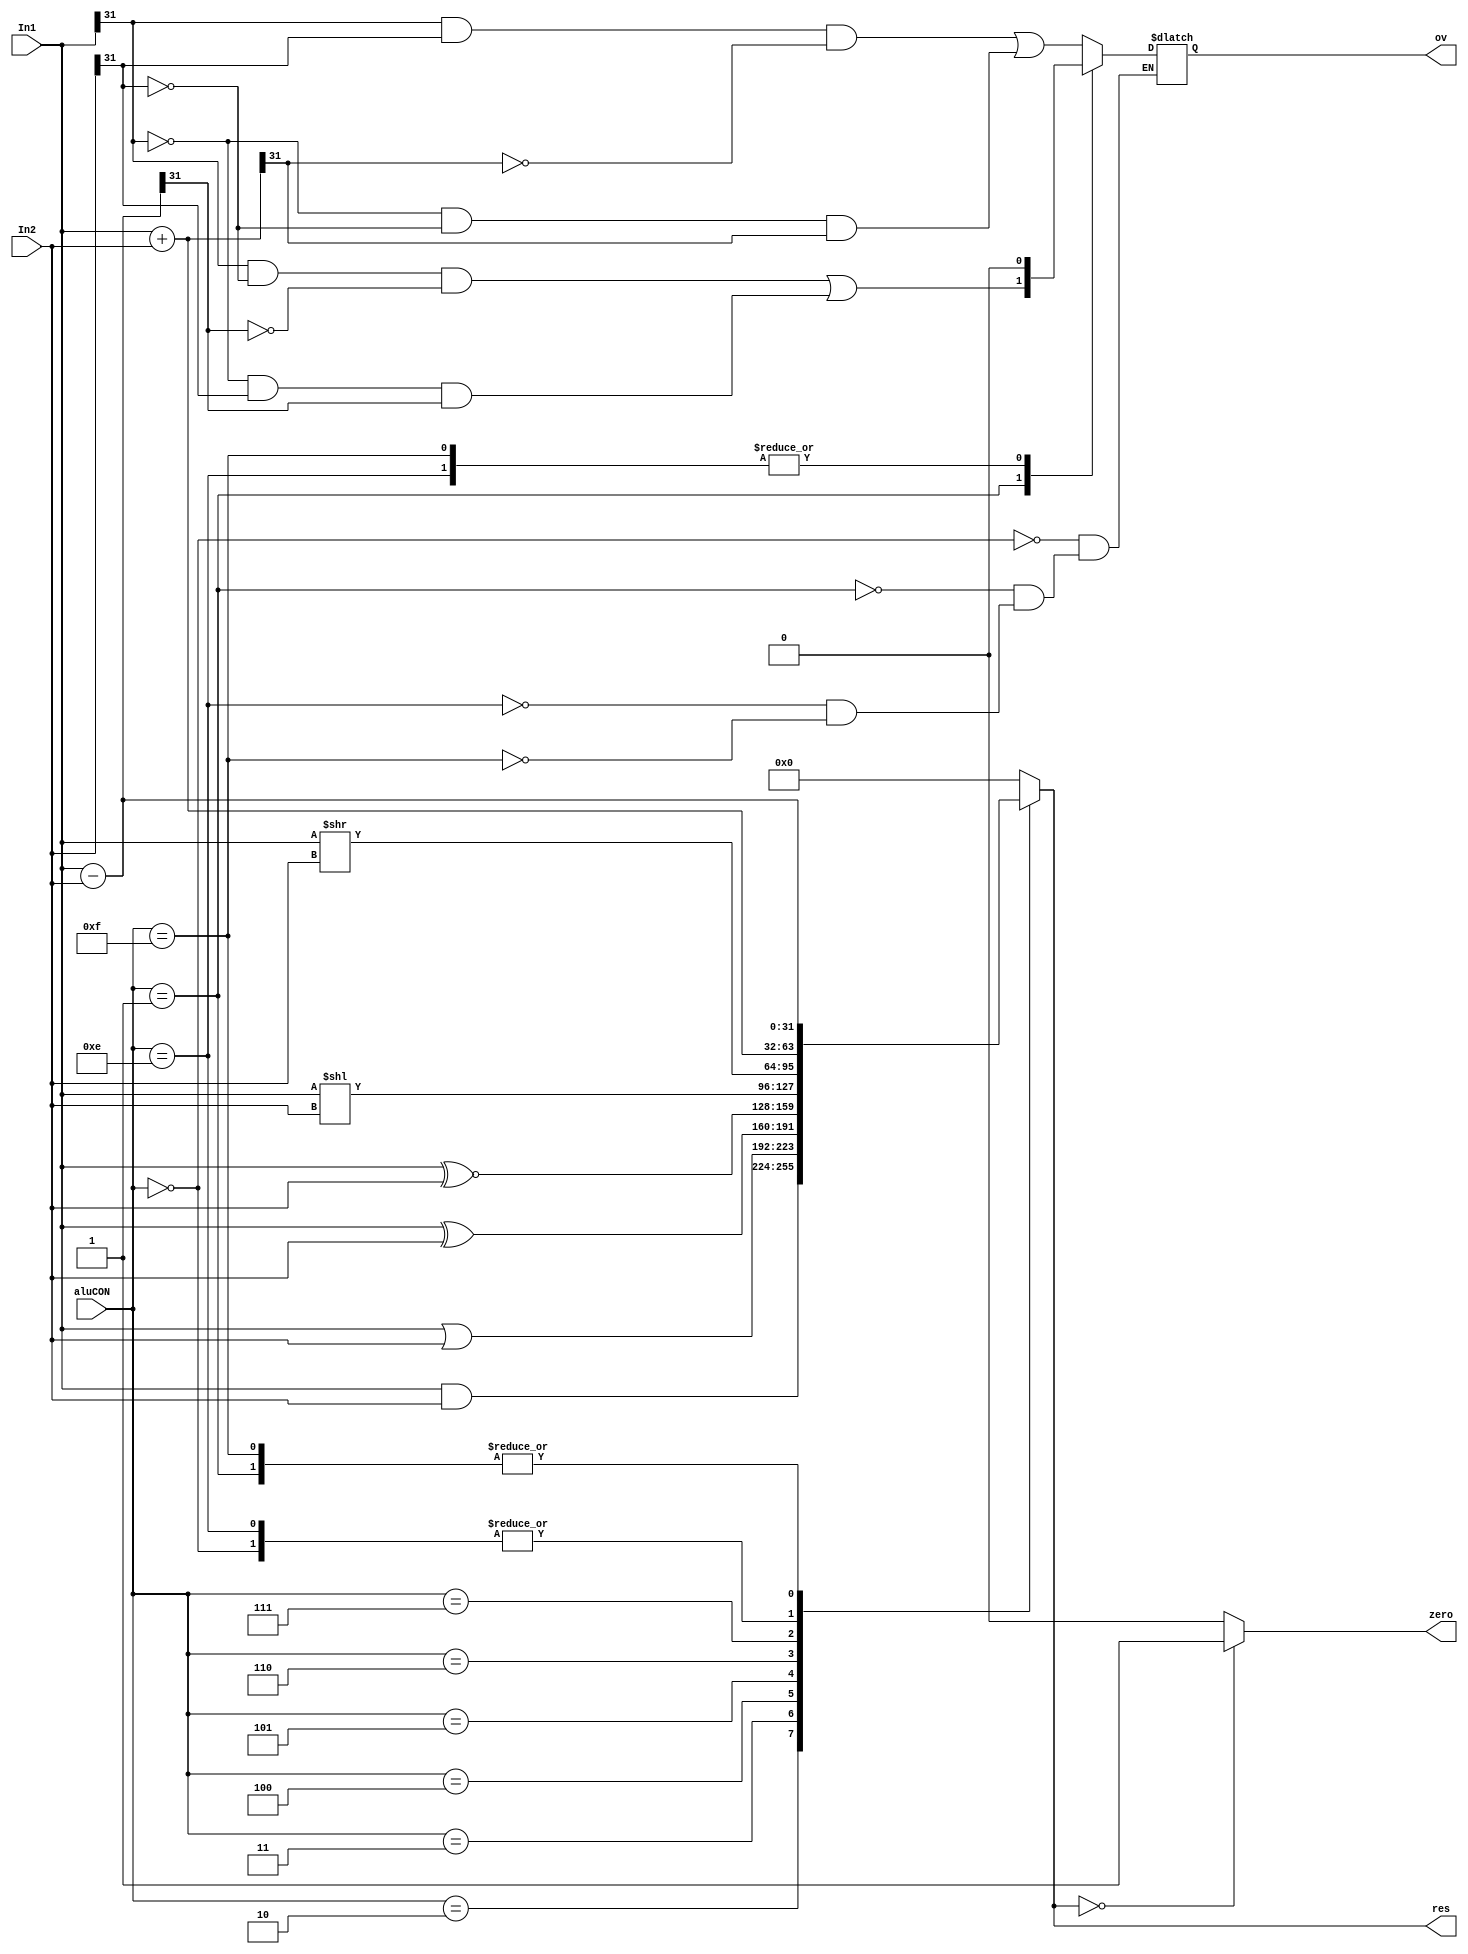
module ALU (
input [3:0]aluCON,
input [31:0] In1,
input [31:0] In2,
output reg [31:0] res,
output reg ov,
output zero);

/*
add 0
sub 1
and 2
or  3
xor 4
nor 5 
sll 6
srl 7
addu14
subu15
*/ 
 
always @(*)
    begin
        case(aluCON)
        4'h0:
                begin
                    res = In1 + In2; 
                    ov = (In1[31] & In2[31] & ~res[31]) | (~In1[31] & ~In2[31] & res[31]);
                end
        4'h1:
                begin
                    res = In1 - In2; 
                    ov = (In1[31] & ~In2[31] & ~res[31]) | (~In1[31] & In2[31] & res[31]);
                end
        4'h2: res <= In1 & In2; 
        4'h3: res <= In1 | In2; 
        4'h4: res <= In1 ^ In2; 
        4'h5: res <= In1 ~^ In2; 
        4'h6: res <= In1 << In2;
        4'h7: res <= In1 >> In2;

        4'hE: begin
                    res <= In1 + In2; 
                    ov <= 1'b0;
                end
        4'hF: begin
                    res = In1 - In2; 
                    ov = 1'b0;
                end
			default: begin res <= 0; end
        endcase
    end
    



assign zero = (res==32'd0) ? 1'b1: 1'b0;  





endmodule